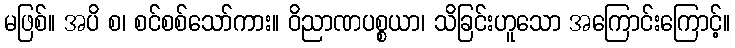
မဖြစ်။ အပိ စ၊ စင်စစ်သော်ကား။ ဝိညာဏပစ္စယာ၊ သိခြင်းဟူသော အကြောင်းကြောင့်။